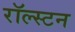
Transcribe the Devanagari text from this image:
रॉल्स्टन